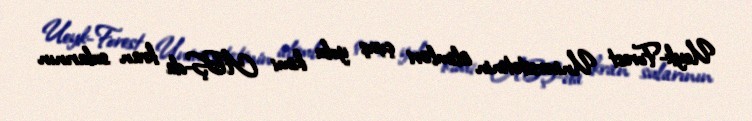
Ueyk-Forest Universitetinin alimləri çıxış yolu kimi ABŞ-da kran sularının